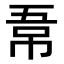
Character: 𭘣